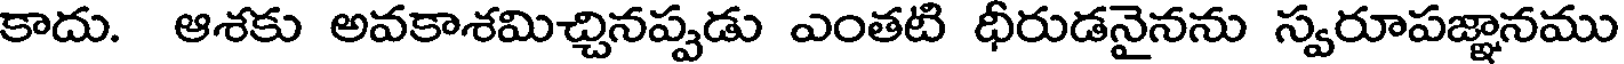
కాదు. ఆశకు అవకాశమిచ్చినప్పడు ఎంతటి ధీరుడనైనను స్వరూపజ్ఞానము